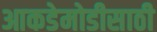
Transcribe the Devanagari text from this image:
आकडेमोडीसाठी